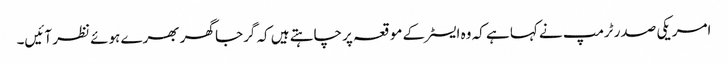
امریکی صدر ٹرمپ نے کہا ہے کہ وہ ایسٹر کے موقعہ پر چاہتے ہیں کہ گرجا گھر بھرے ہوئے نظر آئیں۔